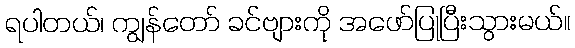
ရပါတယ်၊ ကျွန်တော် ခင်ဗျားကို အဖော်ပြုပြီးသွားမယ်။